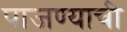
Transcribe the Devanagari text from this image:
पाजण्याची